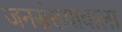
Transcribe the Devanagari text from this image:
जनसंख्यावाला